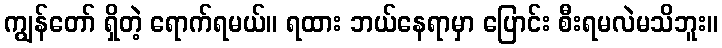
ကျွန်တော် ရှိတဲ့ ရောက်ရမယ်။ ရထား ဘယ်နေရာမှာ ပြောင်း စီးရမလဲမသိဘူး။